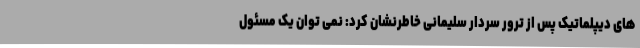
های دیپلماتیک پس از ترور سردار سلیمانی خاطرنشان کرد: نمی توان یک مسئول